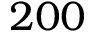
2 0 0